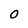
Character: 0